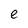
Character: e